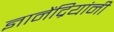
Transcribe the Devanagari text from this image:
ज्ञानेंद्रियांनी